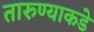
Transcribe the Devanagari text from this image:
तारुण्याकडे